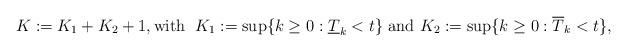
LaTeX: \begin{align*}K := K_1 + K_2 + 1, \textrm{with } \; K_1 := \sup \{ k \geq 0: \underline{T}_k < t\} \textrm{ and } K_2 := \sup \{ k \geq 0: \overline{T}_k < t\},\end{align*}